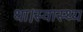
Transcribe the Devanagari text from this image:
था।स्वास्थ्य